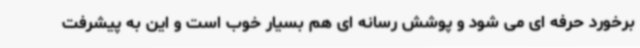
برخورد حرفه ای می شود و پوشش رسانه ای هم بسیار خوب است و این به پیشرفت